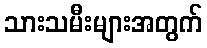
သားသမီးများအတွက်